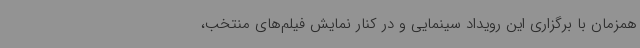
همزمان با برگزاری این رویداد سینمایی و در کنار نمایش فیلم‌های منتخب،